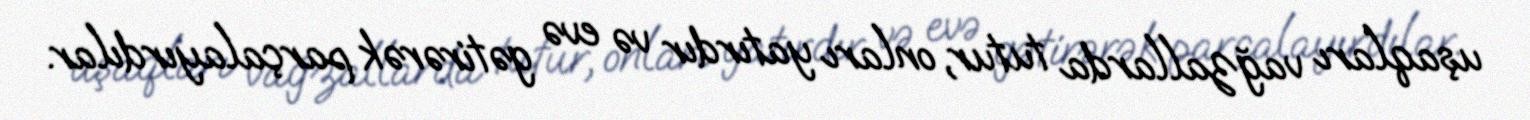
uşaqları vağzallarda tutur, onları yatırdır və evə gətirərək parçalayırdılar.